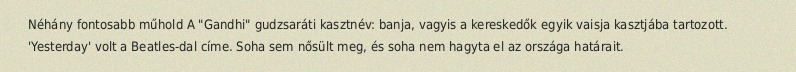
Néhány fontosabb műhold A "Gandhi" gudzsaráti kasztnév: banja, vagyis a kereskedők egyik vaisja kasztjába tartozott. 'Yesterday' volt a Beatles-dal címe. Soha sem nősült meg, és soha nem hagyta el az országa határait.